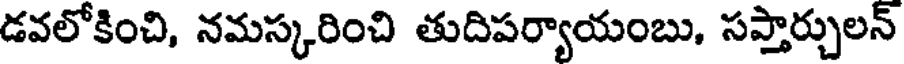
డవలోకించి, నమస్కరించి తుదిపర్యాయంబు, సప్తార్చులన్